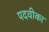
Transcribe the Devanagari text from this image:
पदवीका